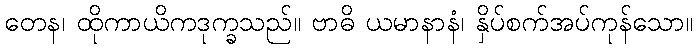
တေန၊ ထိုကာယိကဒုက္ခသည်။ ဗာဓိ ယမာနာနံ၊ နှိပ်စက်အပ်ကုန်သော။